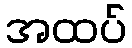
အထပ်